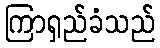
ကြာရှည်ခံသည်